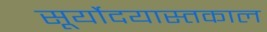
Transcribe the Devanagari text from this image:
सूर्योदयास्तकाल